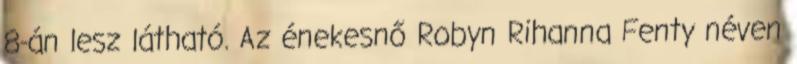
8-án lesz látható. Az énekesnő Robyn Rihanna Fenty néven